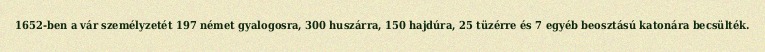
1652-ben a vár személyzetét 197 német gyalogosra, 300 huszárra, 150 hajdúra, 25 tüzérre és 7 egyéb beosztású katonára becsülték.